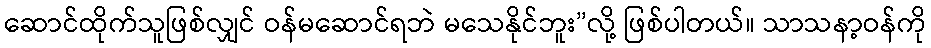
ဆောင်ထိုက်သူဖြစ်လျှင် ဝန်မဆောင်ရဘဲ မသေနိုင်ဘူး”လို့ ဖြစ်ပါတယ်။ သာသနာ့ဝန်ကို